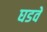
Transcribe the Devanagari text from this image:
घडवें